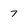
Character: 7